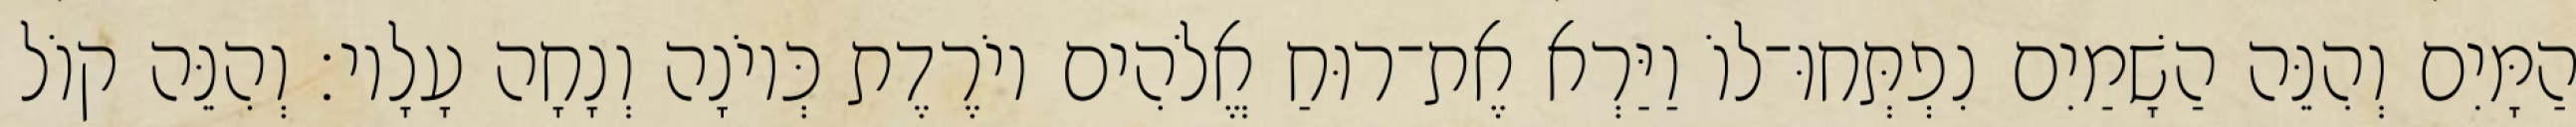
הַמָּיִם וְהִנֵּה הַשָׁמַיִם נִפְתְּחוּ־לוֹ וַיַּרְא אֶת־רוּחַ אֱלֹהִים יוֹרֶדֶת כְּיוֹנָה וְנָחָה עָלָיו׃ וְהִנֵּה קוֹל